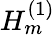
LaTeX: H_{m}^{(1)}